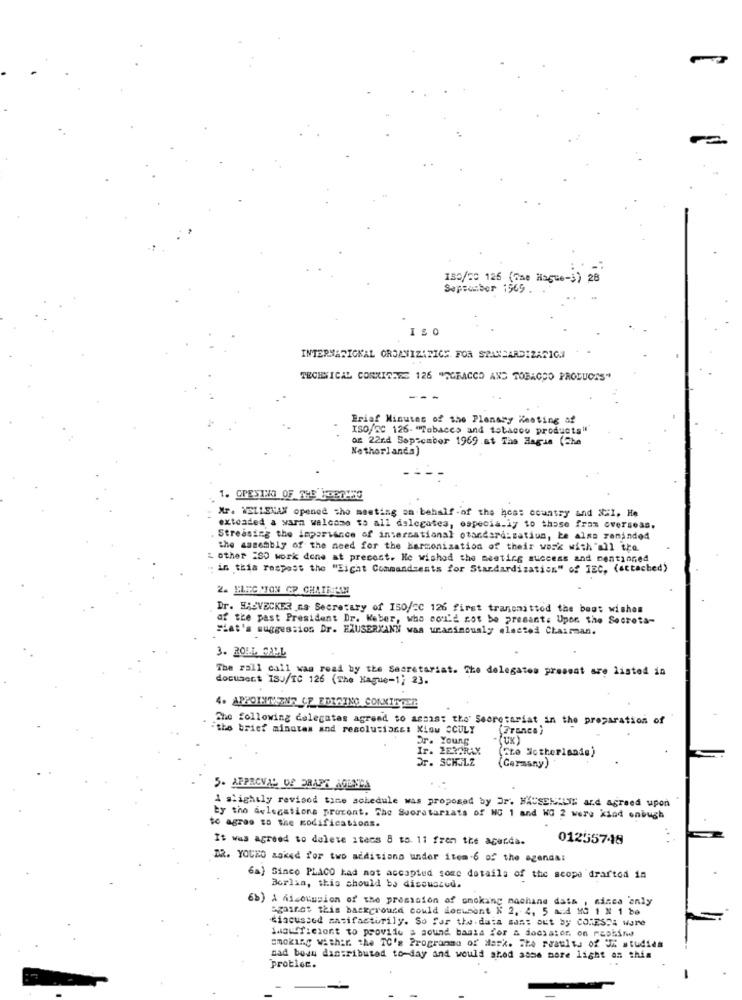
130/20 125 (The Hague-3) 28
September 1569 .
INTERNATIONAL ORGANIZATION FOR STANDARDIZARICA
TECHNICAL CONKISSES 126 "OGBACCO AND TOBACCO PRODUCTS"
Brief Minutes of the Plenary Westing of
ISO/Tc 126- "Tobacco and tobacco products"
DE 22nd September 1969.at The Hague (Che
Netherlands)
1. OPESTO OF THE Yo87:53
Xr. WELLENAX opened the meeting on behalf -of the hoss country and ICil. He
extended a warm welcome to all dslegatea, especially to those fram overseas.
Streasing the importance of international otandard:satiun, be alna zaninde4
the assembly of the need for the harmonization of their work with "all the
L other 280 work done at precont. He wished the meeting success and mentioned
: in this respost the "Eight Commandsents for Standardization" of JEC, (attached)
2. ELEC CION CP CHAINESM
Dr. HAUVECKES na Secretary of ISO/20 126 first transmittod the boot wishon
af the past President Dr. Weber, who soi'd not be presant. Upon the Secreta-
Fiat's suggestion Dr. EXUSERKANN was unanimously elected Chairman.
3. ROLL CALL
The rall call was read by the Secretariat. The delegates present are listed in
document ISJ/IC 126 (The Hague-1) 23.
4. APPOINT ZNE CE EDITING CONKITOER
The following colegatas agreed to assist the Secretariat in the preparation of
ithe brief minutes and resolutions: Xiou CCULY
(France)
Or. Young
.(UK)
Ir. ZERPRAX
(Cte Motherlands)
Dr. SCHULZ
(Germany)
5. APPROVAL OF DRAPS AGUNDA
1 slightly revised time schedule was proposed by Jr. HAUSEN:LIS and agreed upon
by tho delegations procent. The Suoratariats of NC 1 and WG 2 were kind onbugh
to agree to the modifications.
It was agreed to delete itecs 8 to. 11 from the agerda.
01255748
DR. YOUKO asked for two additions under item-6 of the agenda:
6a) Sinco PLACO had not accepted some details of the scope drafted in
Borlia, this should be discussed.
6b) A Ricocusion of the promssion of smoking machine data , since only
against this background could document & 2, 4, 5 and MG 1 N 1 be
discussed masifacturily. So far the.daia sans out by COMESCA ware
Wwowficiont to provide a sound basis for & docsator on maphind
smoking within the TC's Programma of dark. Ite roaultu of UK studies
nad bouw dantributed to-day and would shed some more light an this
problec.